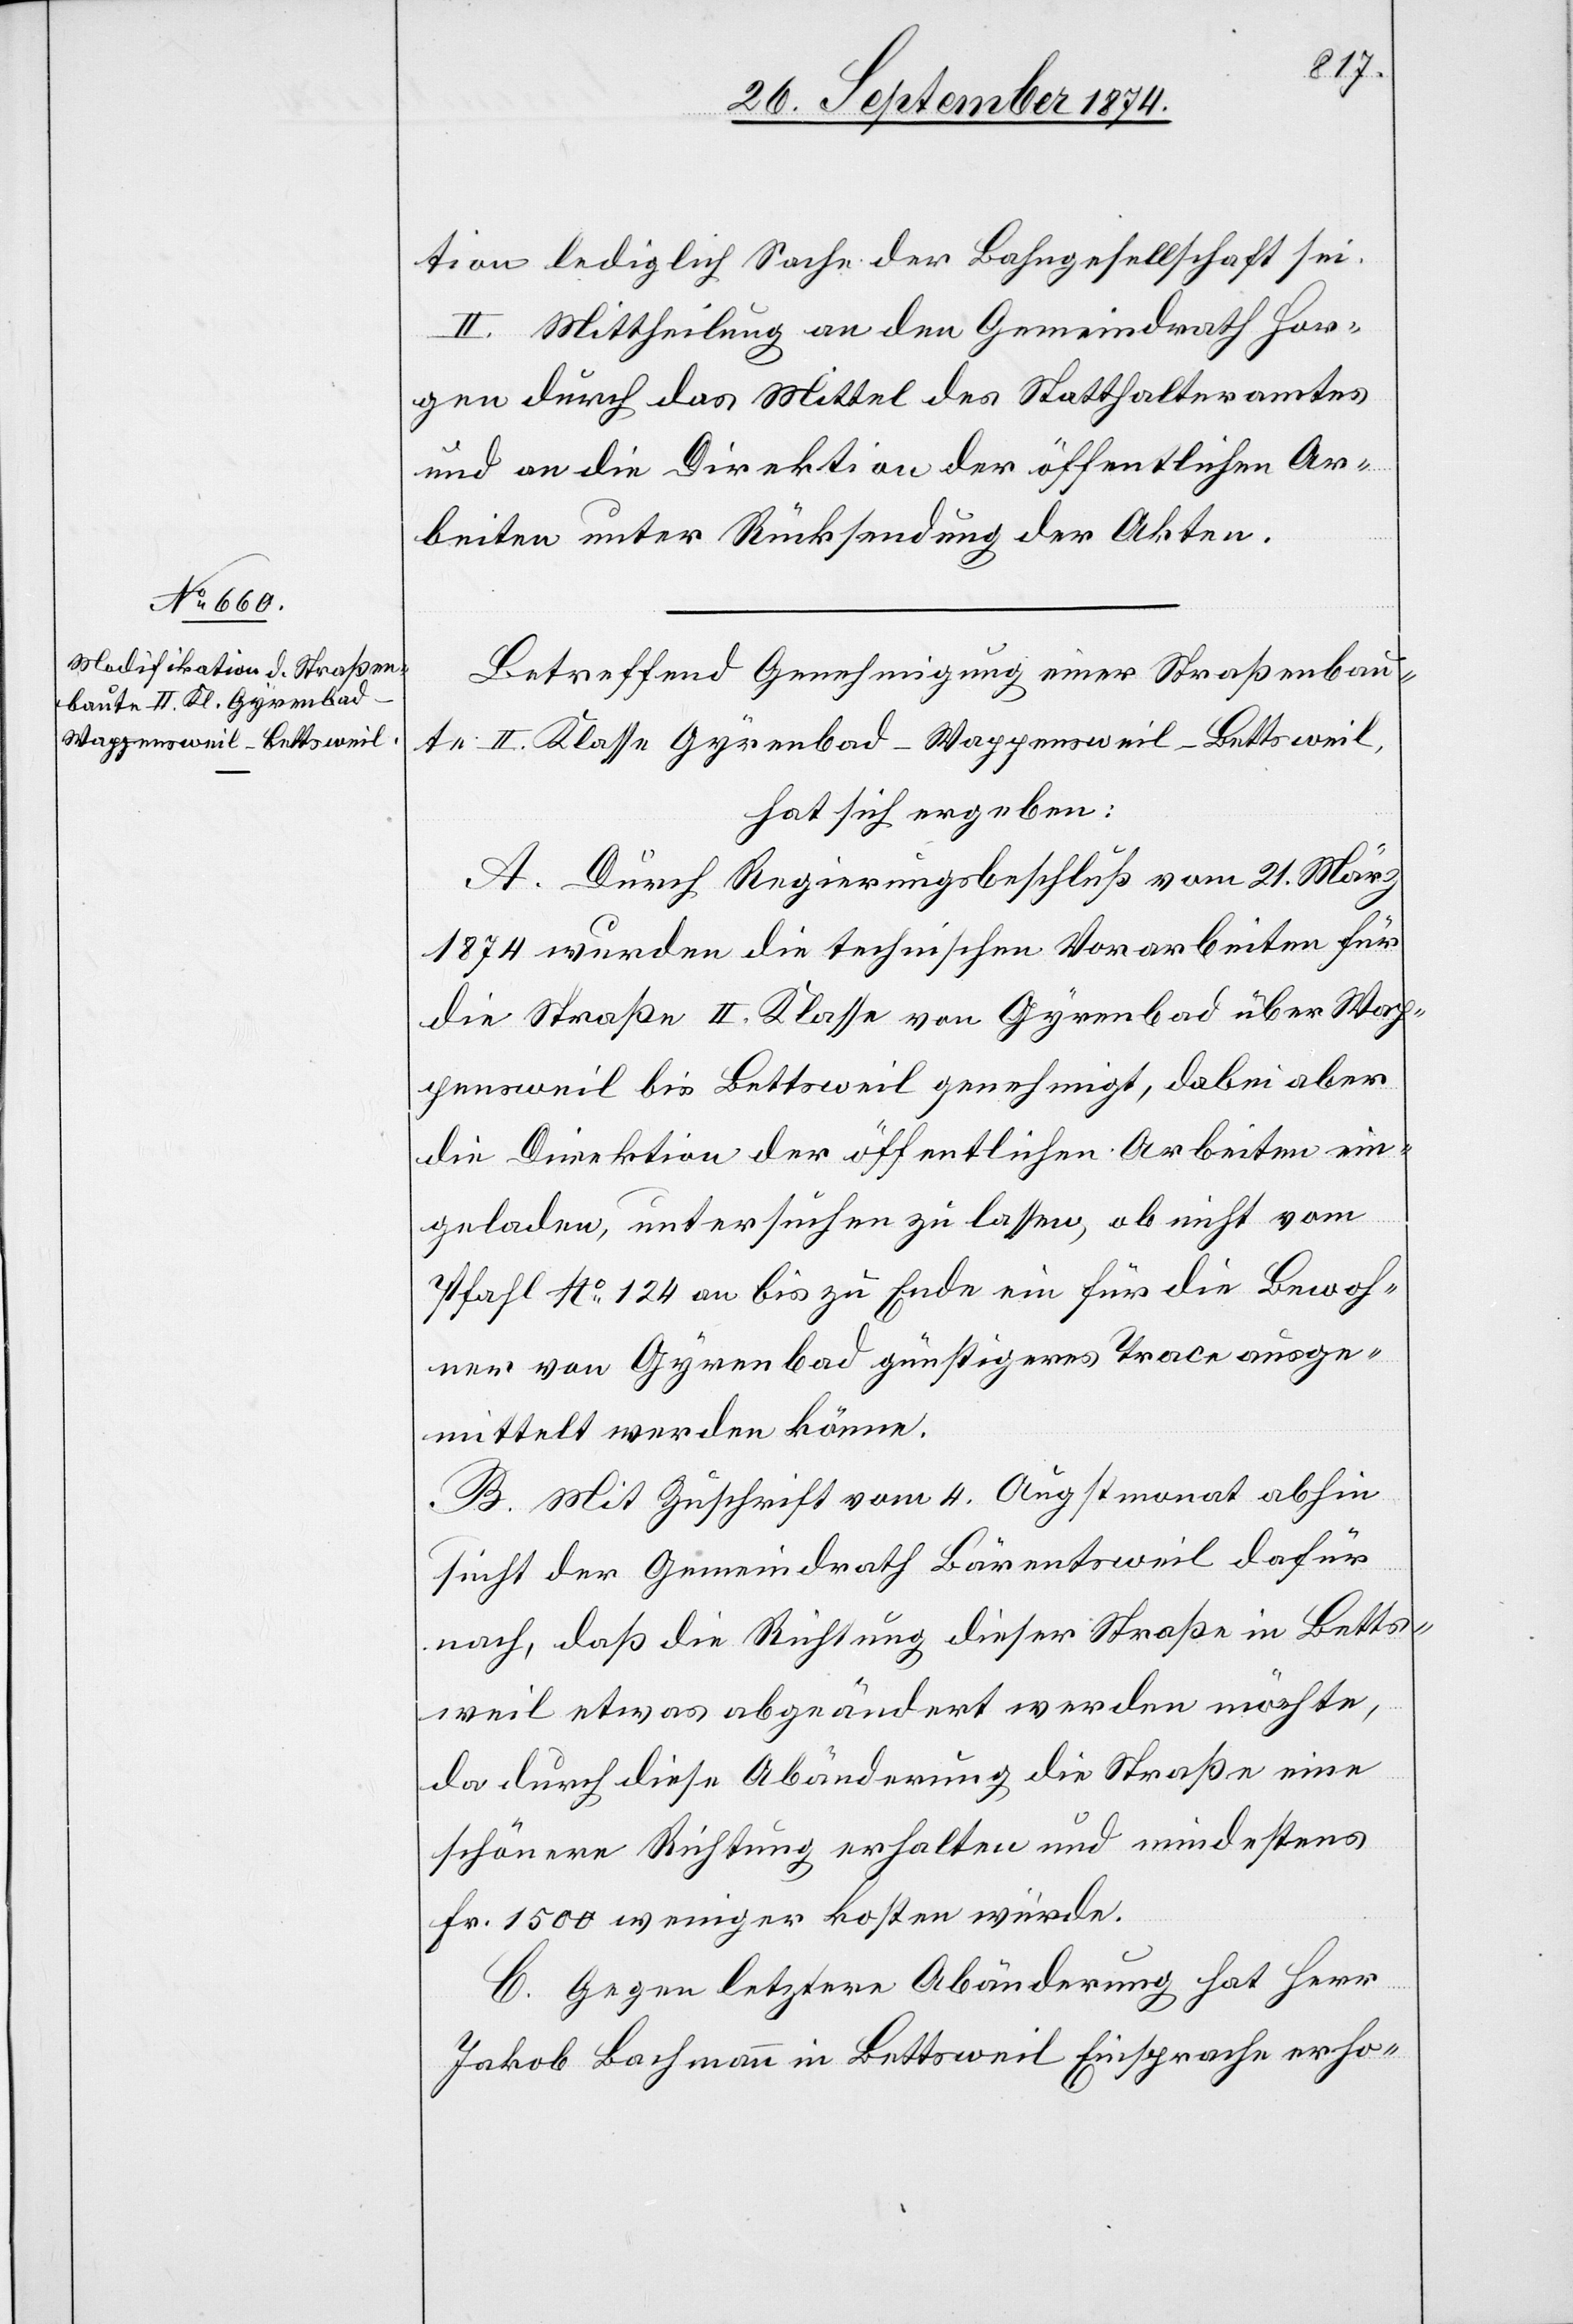
tion lediglich Sache der Bahngesellschaft sei.
II. Mittheilung an den Gemeindrath Hor¬
gen durch das Mittel des Statthalteramtes
und an die Direktion der öffentlichen Ar¬
beiten unter Rücksendung der Akten.
Betreffend Genehmigung einer Straßenbau¬
te II. Klasse Gyrenbad–Wappensweil–Bettsweil,
hat sich ergeben:
A. Durch Regierungsbeschluß vom 21. März
1874 wurden die technischen Vorarbeiten für
die Straße II. Klasse von Gyrenbad über Wap¬
pensweil bis Bettsweil genehmigt, dabei aber
die Direktion der öffentlichen Arbeiten ein¬
geladen, untersuchen zu lassen, ob nicht vom
Pfahl No 124 an bis zu Ende ein für die Bewoh¬
ner von Gyrenbad günstigeres Trace ausge¬
mittelt werden könne.
B. Mit Zuschrift vom 4. Augstmonat abhin
sucht der Gemeindrath Bärentsweil dafür
nach, daß die Richtung dieser Straße in Betts¬
weil etwas abgeändert werden möchte,
da durch diese Abänderung die Straße eine
schönere Richtung erhalten und mindestens
Fr. 1500 weniger kosten würde.
C. Gegen letztere Abänderung hat Herr
Jakob Bachmann in Bettsweil Einsprache erho-